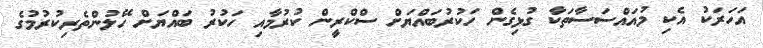
އަހަރަކު އެކި މުއައްސަސާތަކާ ގުޅިގެން ހަކުރުބައްޔަށް ސްކްރީން ކުރުމާއި ހަކުރު ބައްޔަށް ހޭލުންތެރިކުރުމުގެ